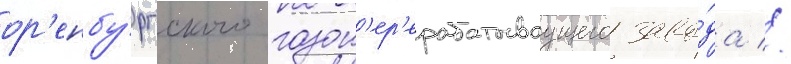
ор'енбу́ргского газоп'ер'ерабатываущего заво́да //